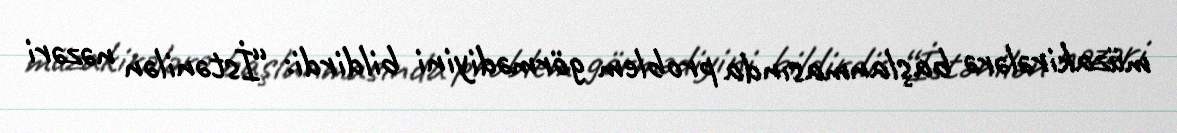
müzakirələrə başlanmasında problem görmədiyini bildirdi: “İstənilən nəzəri